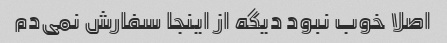
اصلا خوب نبود دیگه از اینجا سفارش نمی‌دم